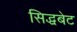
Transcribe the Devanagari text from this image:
सिद्धबेट